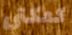
كعكتي